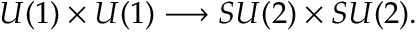
U ( 1 ) \times U ( 1 ) \longrightarrow S U ( 2 ) \times S U ( 2 ) .